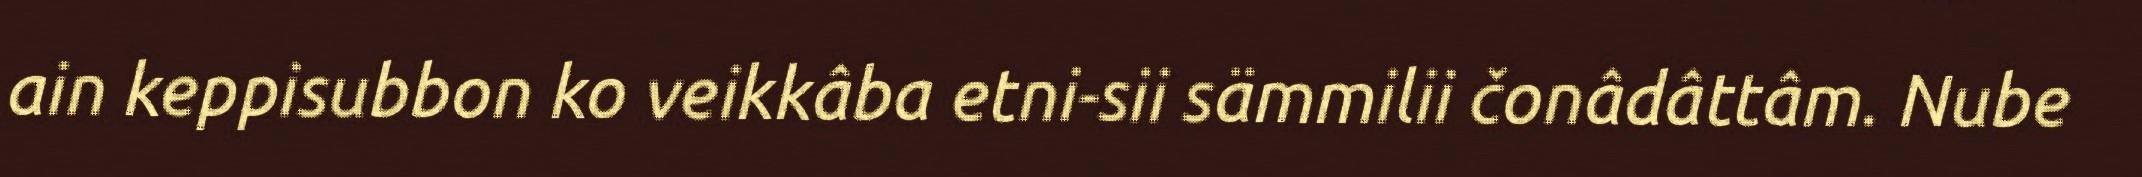
ain keppisubbon ko veikkâba etni-sii sämmilii čonâdâttâm. Nube